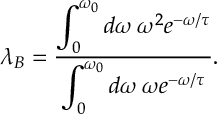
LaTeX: \lambda _ { B } = \frac { \displaystyle \int _ { 0 } ^ { \omega _ { 0 } } d \omega \, \omega ^ { 2 } e ^ { - \omega / \tau } } { \displaystyle \int _ { 0 } ^ { \omega _ { 0 } } d \omega \, \omega e ^ { - \omega / \tau } } .